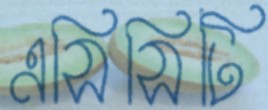
এসিসিটি